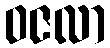
ဝဇလာ